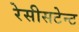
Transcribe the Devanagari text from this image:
रेसीसटेन्ट